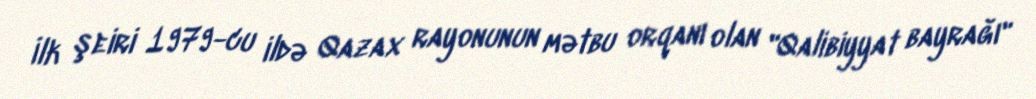
İlk şeiri 1979-cu ildə Qazax rayonunun mətbu orqanı olan "Qalibiyyat bayrağı"